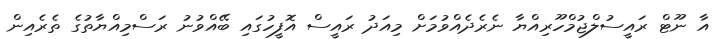
އާ ނޫޓް ރައީސުލްޖުމްހޫރިއްޔާ ނެރެދެއްވުމަށް މިއަދު ރައީސް އޮފީހުގައި ބޭއްވުނު ރަސްމިއްޔާތުގެ ތެރެއިން